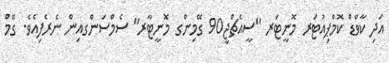
އަދި ކާވްޑް ކޮމްޕިއުޓަރ މޮނީޓަރ "ސީއެޗްޖީ90 ގޭމިންގ މޮނީޓާރ" ސެމްސަންގއިން ނެރެފިއެވެ. ގޭމް